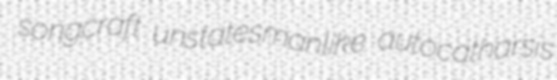
songcraft unstatesmanlike autocatharsis